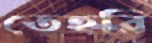
তেহরি